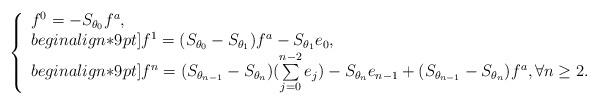
LaTeX: \begin{align*}\left\{\begin{array}{ll}f^0 = - S_{\theta_0}f^a,\\begin{align*}9pt]f^1 = (S_{\theta_0} - S_{\theta_1})f^a - S_{\theta_1} e_0, \\begin{align*}9pt]f^n = (S_{\theta_{n-1}} - S_{\theta_n})(\sum\limits_{j=0}^{n-2}e_j) - S_{\theta_n} e_{n-1}+ (S_{\theta_{n-1}} - S_{\theta_n})f^a,\forall n\geq 2.\end{array}\right.\end{align*}